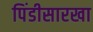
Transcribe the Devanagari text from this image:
पिंडीसारखा